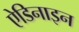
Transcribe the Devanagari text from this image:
ऐडिनाइन